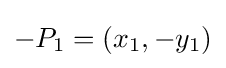
-P_{1}=(x_{1},-y_{1})